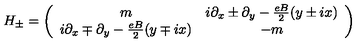
H _ { \pm } = \left( \begin{array} { c c } { m } & { i \partial _ { x } \pm \partial _ { y } - \frac { e B } { 2 } ( y \pm i x ) } \\ { i \partial _ { x } \mp \partial _ { y } - \frac { e B } { 2 } ( y \mp i x ) } & { - m } \\ \end{array} \right)